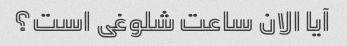
آیا الان ساعت شلوغی است؟